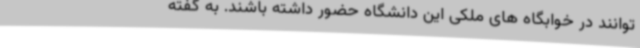
توانند در خوابگاه های ملکی این دانشگاه حضور داشته باشند. به گفته